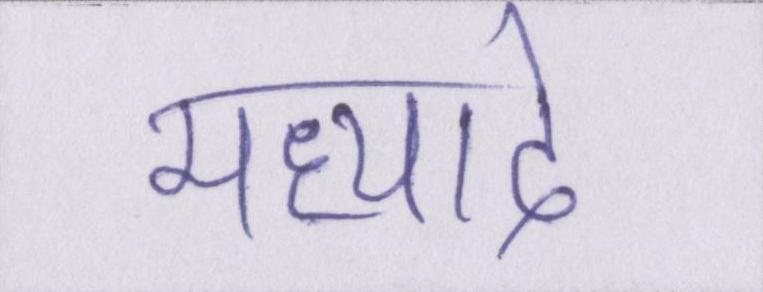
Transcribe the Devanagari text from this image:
मध्याद्दे